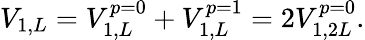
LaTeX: V_{1,L}=V_{1,L}^{p=0}+V_{1,L}^{p=1}=2V_{1,2L}^{p=0}.